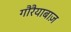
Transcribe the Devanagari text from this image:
गौरैयाबाज़